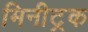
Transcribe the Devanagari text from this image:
मिनीट्रक